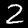
Label: 2